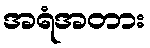
အရံအတား